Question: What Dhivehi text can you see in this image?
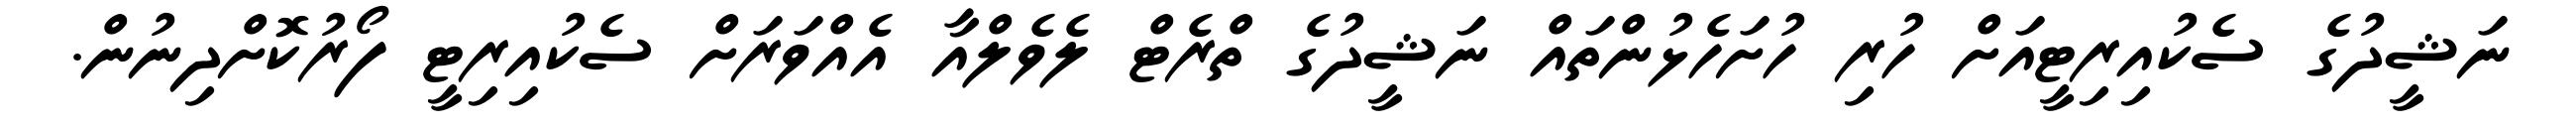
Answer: ނަޝީދުގެ ސެކުއިރިޓީއަށް ހުރި ހުށަހެޅުންތައް ނަޝީދުގެ ތްރެޓް ލެވެލްއާ އެއްވަރަށް ސެކުއިރިޓީ ފޯރުކޮށްދިނުން.